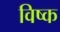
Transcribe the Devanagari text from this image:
विष्क